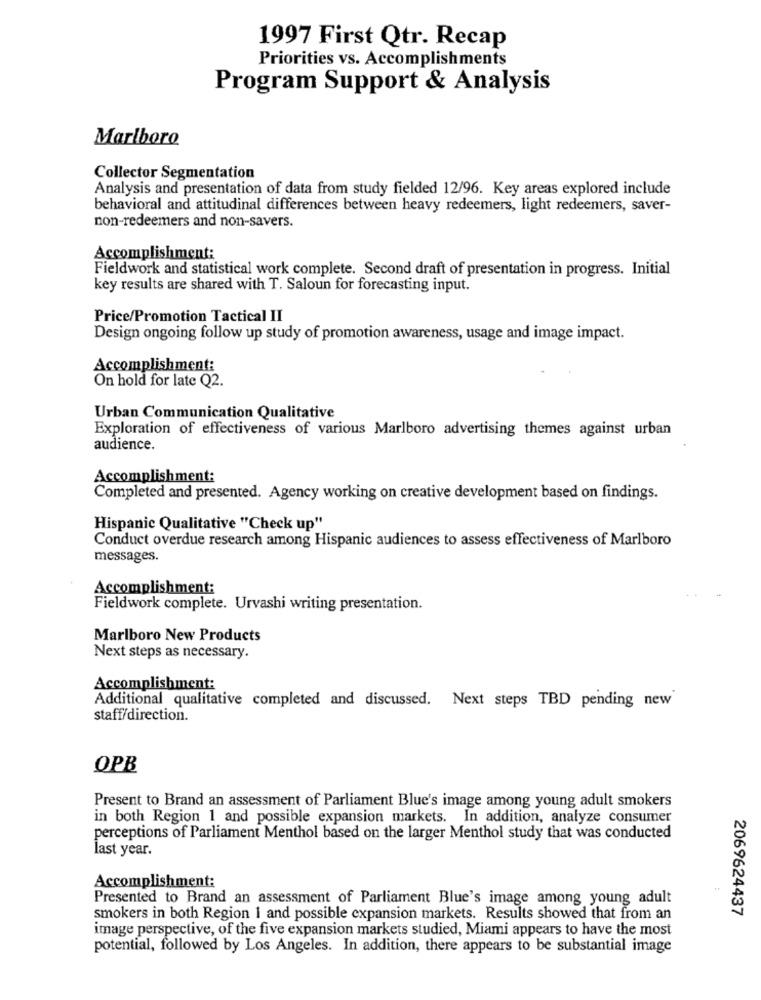
1997 First Qtr. Recap
Priorities vs. Accomplishments
Program Support & Analysis
Marlboro
Collector Segmentation
Analysis and presentation of data from study fielded 12/96. Key areas explored include
behavioral and attitudinal differences between heavy redeemers, light redeemers, saver-
non-redeemers and non-savers.
Accomplishment:
Fieldwork and statistical work complete. Second draft of presentation in progress. Initial
key results are shared with T. Saloun for forecasting input.
Price/Promotion Tactical II
Design ongoing follow up study of promotion awareness, usage and image impact.
Accomplishment:
On hold for late Q2.
Urban Communication Qualitative
Exploration of effectiveness of various Marlboro advertising themes against urban
audience.
Accomplishment:
Completed and presented. Agency working on creative development based on findings.
Hispanic Qualitative "Check up"
Conduct overdue research among Hispanic audiences to assess effectiveness of Marlboro
messages.
Accomplishment:
Fieldwork complete. Urvashi writing presentation.
Marlboro New Products
Next steps as necessary.
Accomplishment:
Additional qualitative completed and discussed. Next steps TBD pending new
staff/direction.
OPB
Present to Brand an assessment of Parliament Blue's image among young adult smokers
in both Region 1 and possible expansion markets. In addition, analyze consumer
perceptions of Parliament Menthol based on the larger Menthol study that was conducted
last year.
Accomplishment:
Presented to Brand an assessment of Parliament Blue's image among young adult
smokers in both Region 1 and possible expansion markets. Results showed that from an
2069624437
image perspective, of the five expansion markets studied, Miami appears to have the most
potential, followed by Los Angeles. In addition, there appears to be substantial image